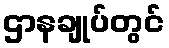
ဌာနချုပ်တွင်